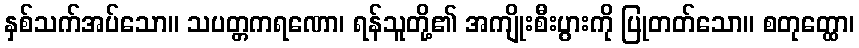
နှစ်သက်အပ်သော။ သပတ္တကရဏော၊ ရန်သူတို့၏ အကျိုးစီးပွားကို ပြုတတ်သော။ စတုတ္ထော၊